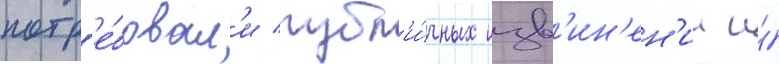
потр'е́бовал'и публ'и́чных изв'ин'ен'ии и́